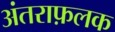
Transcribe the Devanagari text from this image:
अंतराफ़लक